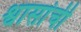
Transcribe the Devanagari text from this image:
श्वासांची